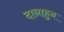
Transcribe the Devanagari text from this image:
दानाहुन